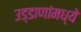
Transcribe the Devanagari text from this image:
उड्डाणांमध्ये